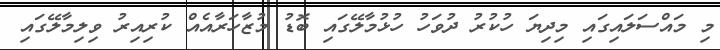
މި މައްސަލައިގައި މިދިޔަ ހުކުރު ދުވަހު ހުޅުމާލޭގައި ބޮޑު މުޒާހަރާއެއް ކުރިއިރު ވިލިމާލޭގައި